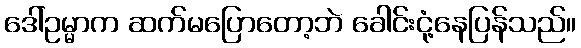
ဒေါ်ဥမ္မာက ဆက်မပြောတော့ဘဲ ခေါင်းငုံ့နေပြန်သည်။